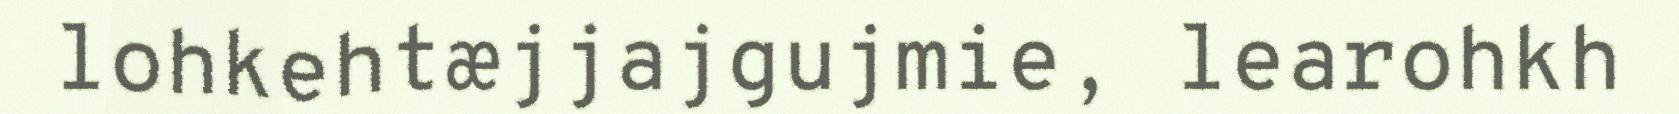
lohkehtæjjajgujmie, learohkh